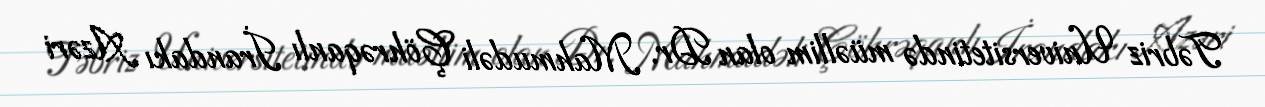
Təbriz Universitetində müəllim olan Dr. Mahmudəli Çöhrəqanlı İrandakı Azəri